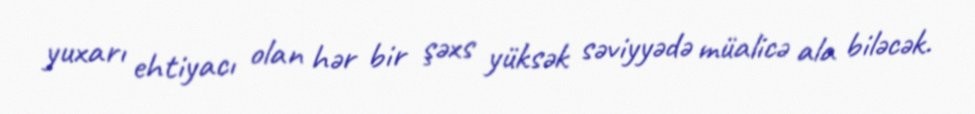
yuxarı ehtiyacı olan hər bir şəxs yüksək səviyyədə müalicə ala biləcək.